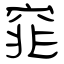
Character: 窕